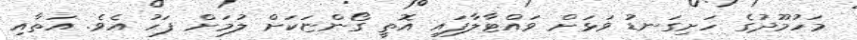
މަހުމޫދުގެ ހަށިގަނޑު ވަޅަށް ވައްޓާލާފައި އޮތީ ގޯންޏަކަށް ލުމަށް ފަހު އެވެ. އަތާއި